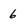
Character: 6